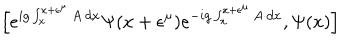
LaTeX: \left[ e ^ { i g \int _ { x } ^ { x + \epsilon ^ { \mu } } A \cdot d x } \Psi ( x + \epsilon ^ { \mu } ) e ^ { - i g \int _ { x } ^ { x + \epsilon ^ { \mu } } A \cdot d x } , \Psi ( x ) \right]